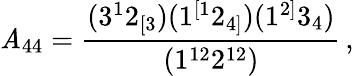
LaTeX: \mathit{A}_{44}=\frac{{(3^{1}2_{[3})(1^{[1}2_{4]})(1^{2]}3_{4})}}{{(1^{12}2^{12})}}\, ,